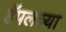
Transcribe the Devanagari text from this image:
हॅपलच्या